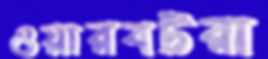
ওয়ারবটরা